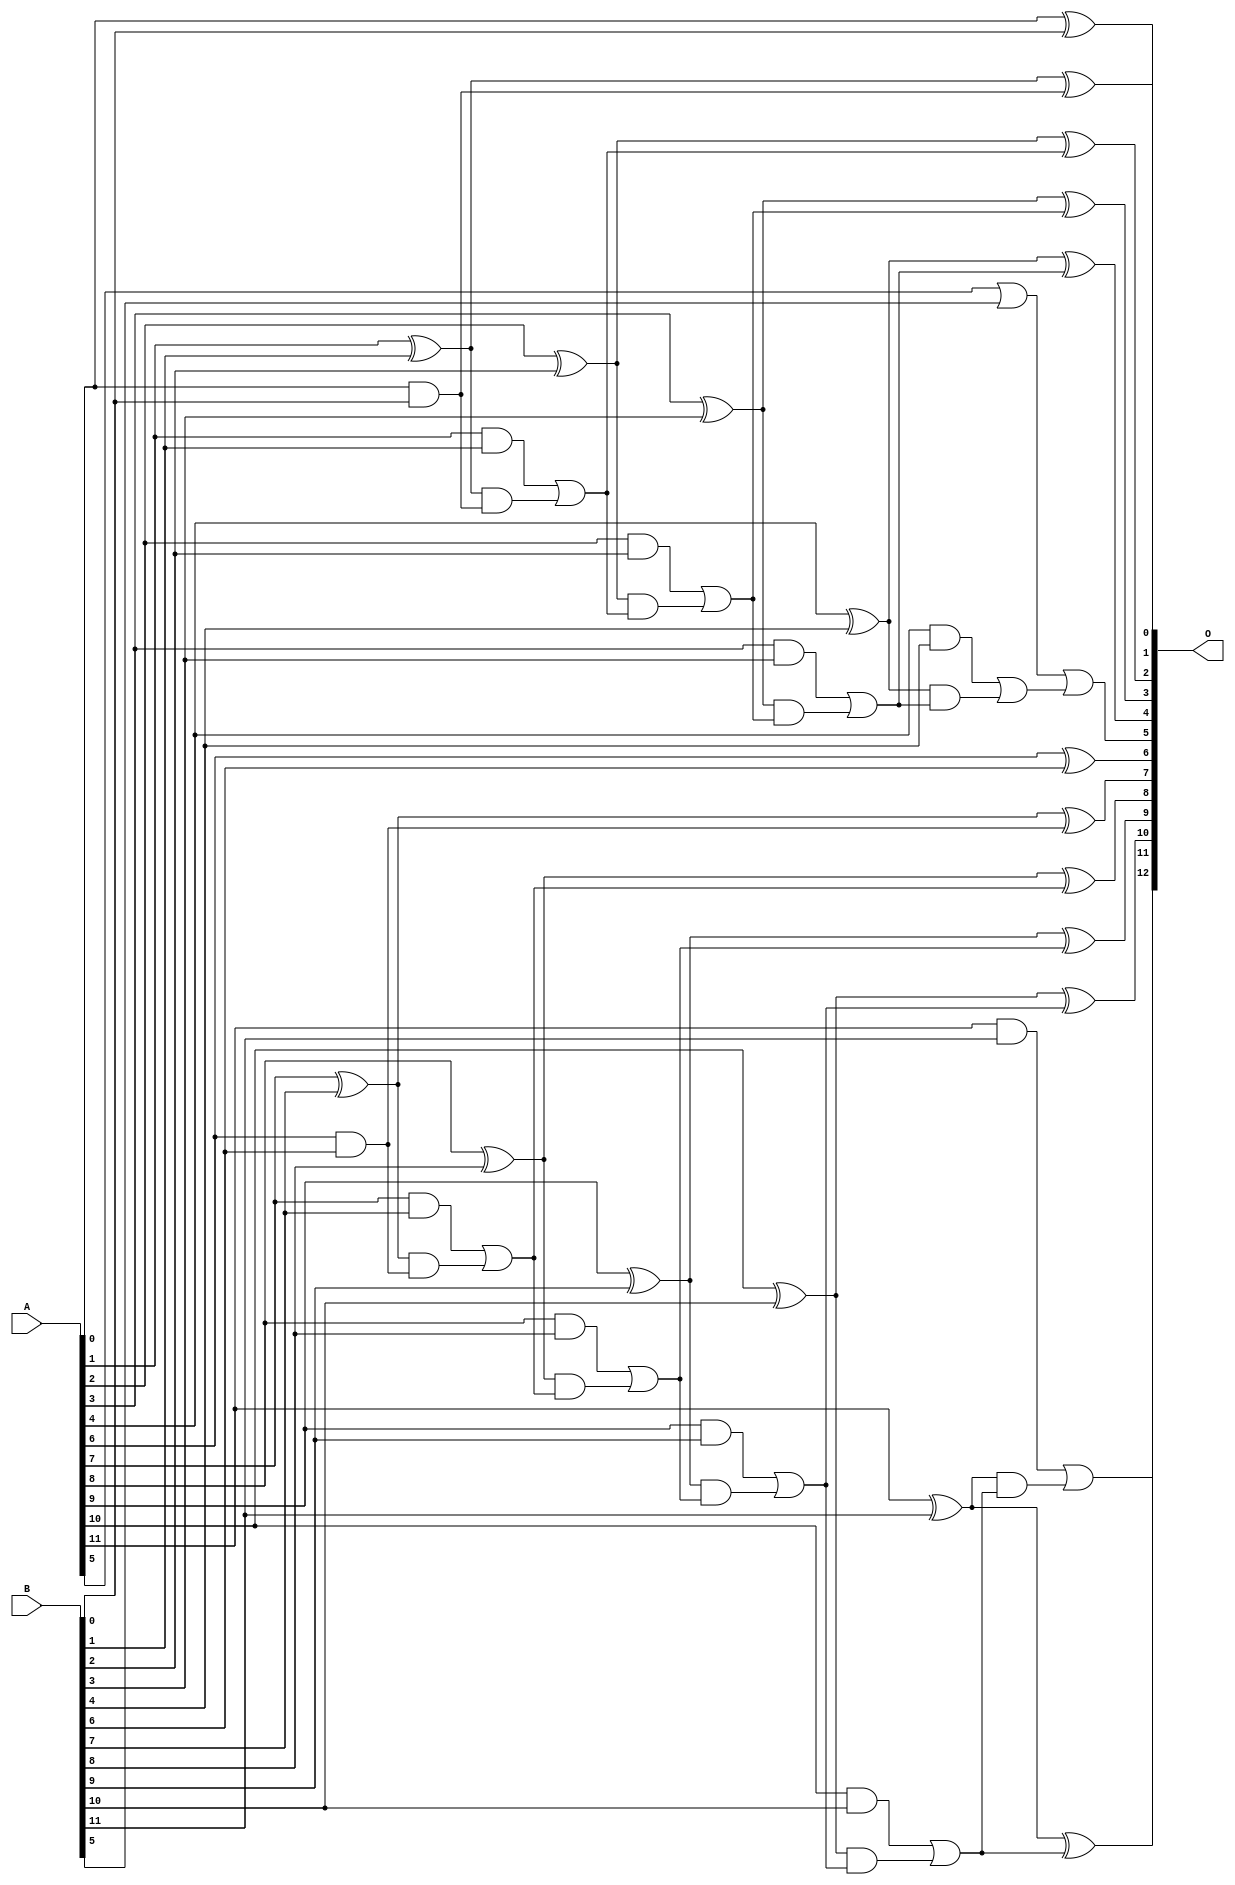
// This program was cloned from: https://github.com/ehw-fit/evoapproxlib
// License: MIT License

/***
* This code is a part of EvoApproxLib library (ehw.fit.vutbr.cz/approxlib) distributed under The MIT License.
* When used, please cite the following article(s): V. Mrazek, L. Sekanina, Z. Vasicek "Libraries of Approximate Circuits: Automated Design and Application in CNN Accelerators" IEEE Journal on Emerging and Selected Topics in Circuits and Systems, Vol 10, No 4, 2020 
* This file contains a circuit from a sub-set of pareto optimal circuits with respect to the pwr and ep parameters
***/
// MAE% = 0.24 %
// MAE = 20 
// WCE% = 0.78 %
// WCE = 64 
// WCRE% = 66.67 %
// EP% = 49.22 %
// MRE% = 0.65 %
// MSE = 876 
// PDK45_PWR = 0.043 mW
// PDK45_AREA = 100.4 um2
// PDK45_DELAY = 0.47 ns


module add12u_4YR(A, B, O);
  input [11:0] A, B;
  output [12:0] O;
  wire sig_25, sig_26, sig_27, sig_28, sig_30, sig_31;
  wire sig_32, sig_33, sig_35, sig_36, sig_37, sig_38;
  wire sig_40, sig_41, sig_42, sig_43, sig_45, sig_46;
  wire sig_51, sig_52, sig_55, sig_56, sig_57, sig_58;
  wire sig_60, sig_61, sig_62, sig_63, sig_65, sig_66;
  wire sig_67, sig_68, sig_70, sig_71, sig_72, sig_73;
  wire sig_75, sig_76, sig_77, sig_78;
  assign O[0] = A[0] ^ B[0];
  assign sig_25 = A[0] & B[0];
  assign sig_26 = A[1] ^ B[1];
  assign sig_27 = A[1] & B[1];
  assign sig_28 = sig_26 & sig_25;
  assign O[1] = sig_26 ^ sig_25;
  assign sig_30 = sig_27 | sig_28;
  assign sig_31 = A[2] ^ B[2];
  assign sig_32 = A[2] & B[2];
  assign sig_33 = sig_31 & sig_30;
  assign O[2] = sig_31 ^ sig_30;
  assign sig_35 = sig_32 | sig_33;
  assign sig_36 = A[3] ^ B[3];
  assign sig_37 = A[3] & B[3];
  assign sig_38 = sig_36 & sig_35;
  assign O[3] = sig_36 ^ sig_35;
  assign sig_40 = sig_37 | sig_38;
  assign sig_41 = A[4] ^ B[4];
  assign sig_42 = A[4] & B[4];
  assign sig_43 = sig_41 & sig_40;
  assign O[4] = sig_41 ^ sig_40;
  assign sig_45 = sig_42 | sig_43;
  assign sig_46 = A[5] | B[5];
  assign O[5] = sig_46 | sig_45;
  assign sig_51 = A[6] ^ B[6];
  assign sig_52 = A[6] & B[6];
  assign O[6] = sig_51;
  assign sig_55 = sig_52;
  assign sig_56 = A[7] ^ B[7];
  assign sig_57 = A[7] & B[7];
  assign sig_58 = sig_56 & sig_55;
  assign O[7] = sig_56 ^ sig_55;
  assign sig_60 = sig_57 | sig_58;
  assign sig_61 = A[8] ^ B[8];
  assign sig_62 = A[8] & B[8];
  assign sig_63 = sig_61 & sig_60;
  assign O[8] = sig_61 ^ sig_60;
  assign sig_65 = sig_62 | sig_63;
  assign sig_66 = A[9] ^ B[9];
  assign sig_67 = A[9] & B[9];
  assign sig_68 = sig_66 & sig_65;
  assign O[9] = sig_66 ^ sig_65;
  assign sig_70 = sig_67 | sig_68;
  assign sig_71 = A[10] ^ B[10];
  assign sig_72 = A[10] & B[10];
  assign sig_73 = sig_71 & sig_70;
  assign O[10] = sig_71 ^ sig_70;
  assign sig_75 = sig_72 | sig_73;
  assign sig_76 = A[11] ^ B[11];
  assign sig_77 = A[11] & B[11];
  assign sig_78 = sig_76 & sig_75;
  assign O[11] = sig_76 ^ sig_75;
  assign O[12] = sig_77 | sig_78;
endmodule